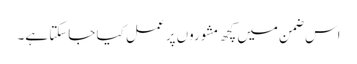
اس ضمن میں کچھ مشوروں پر عمل کیا جاسکتا ہے۔